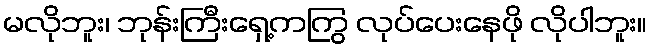
မလိုဘူး၊ ဘုန်းကြီးရှေ့ကကြွ လုပ်ပေးနေဖို လိုပါဘူး။